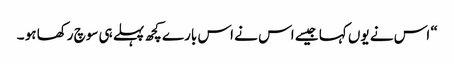
“ اس نے یوں کہا جیسے اس نے اس بارے کچھ پہلے ہی سوچ رکھا ہو ۔